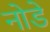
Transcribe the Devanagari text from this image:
नोडे